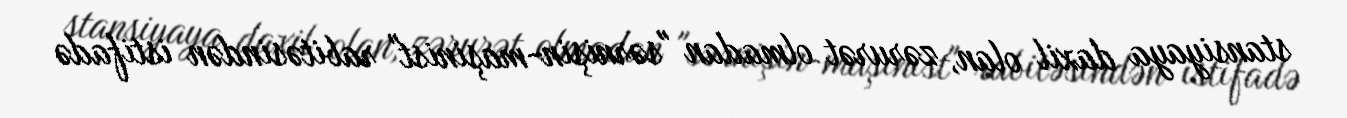
stansiyaya daxil olan, zərurət olmadan "sərnişin-maşinist" rabitəsindən istifadə